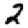
Digit: 2